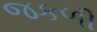
જકળી